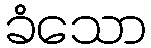
ခံသော